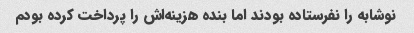
نوشابه را نفرستاده بودند اما بنده هزینه‌اش را پرداخت کرده بودم